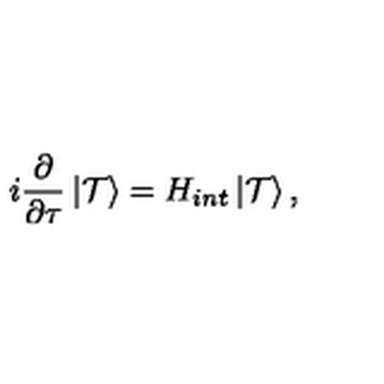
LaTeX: i \frac { \partial } { \partial \tau } \left| { \cal T } \right> = H _ { i n t } \left| { \cal T } \right> ,